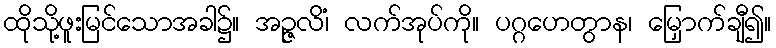
ထိုသို့ဖူးမြင်သောအခါ၌။ အဉ္ဇလိံ၊ လက်အုပ်ကို။ ပဂ္ဂဟေတွာန၊ မြှောက်ချီ၍။